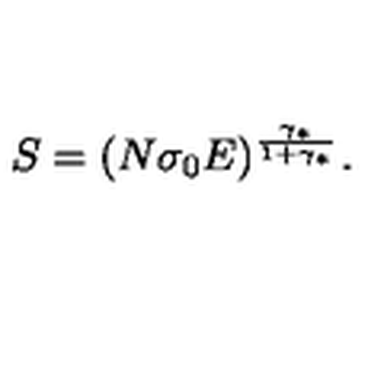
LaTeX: S = ( N \sigma _ { 0 } E ) ^ { \frac { \gamma _ { * } } { 1 + \gamma _ { * } } } .